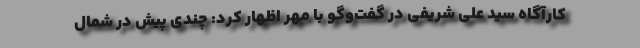
کارآگاه سید علی شریفی در گفت‌وگو با مهر اظهار کرد: چندی پیش در شمال